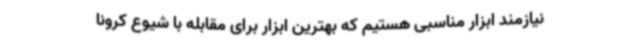
نیازمند ابزار مناسبی هستیم که بهترین ابزار برای مقابله با شیوع کرونا